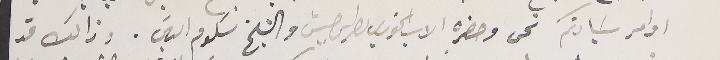
اوامر سَيادتكم نحن وحضره الاب الخوري بطرس حبيش والشيخ سلوم الياسَ. وذالك قد